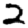
Digit: 2